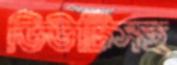
ডিউটিসহ